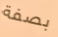
بصفة